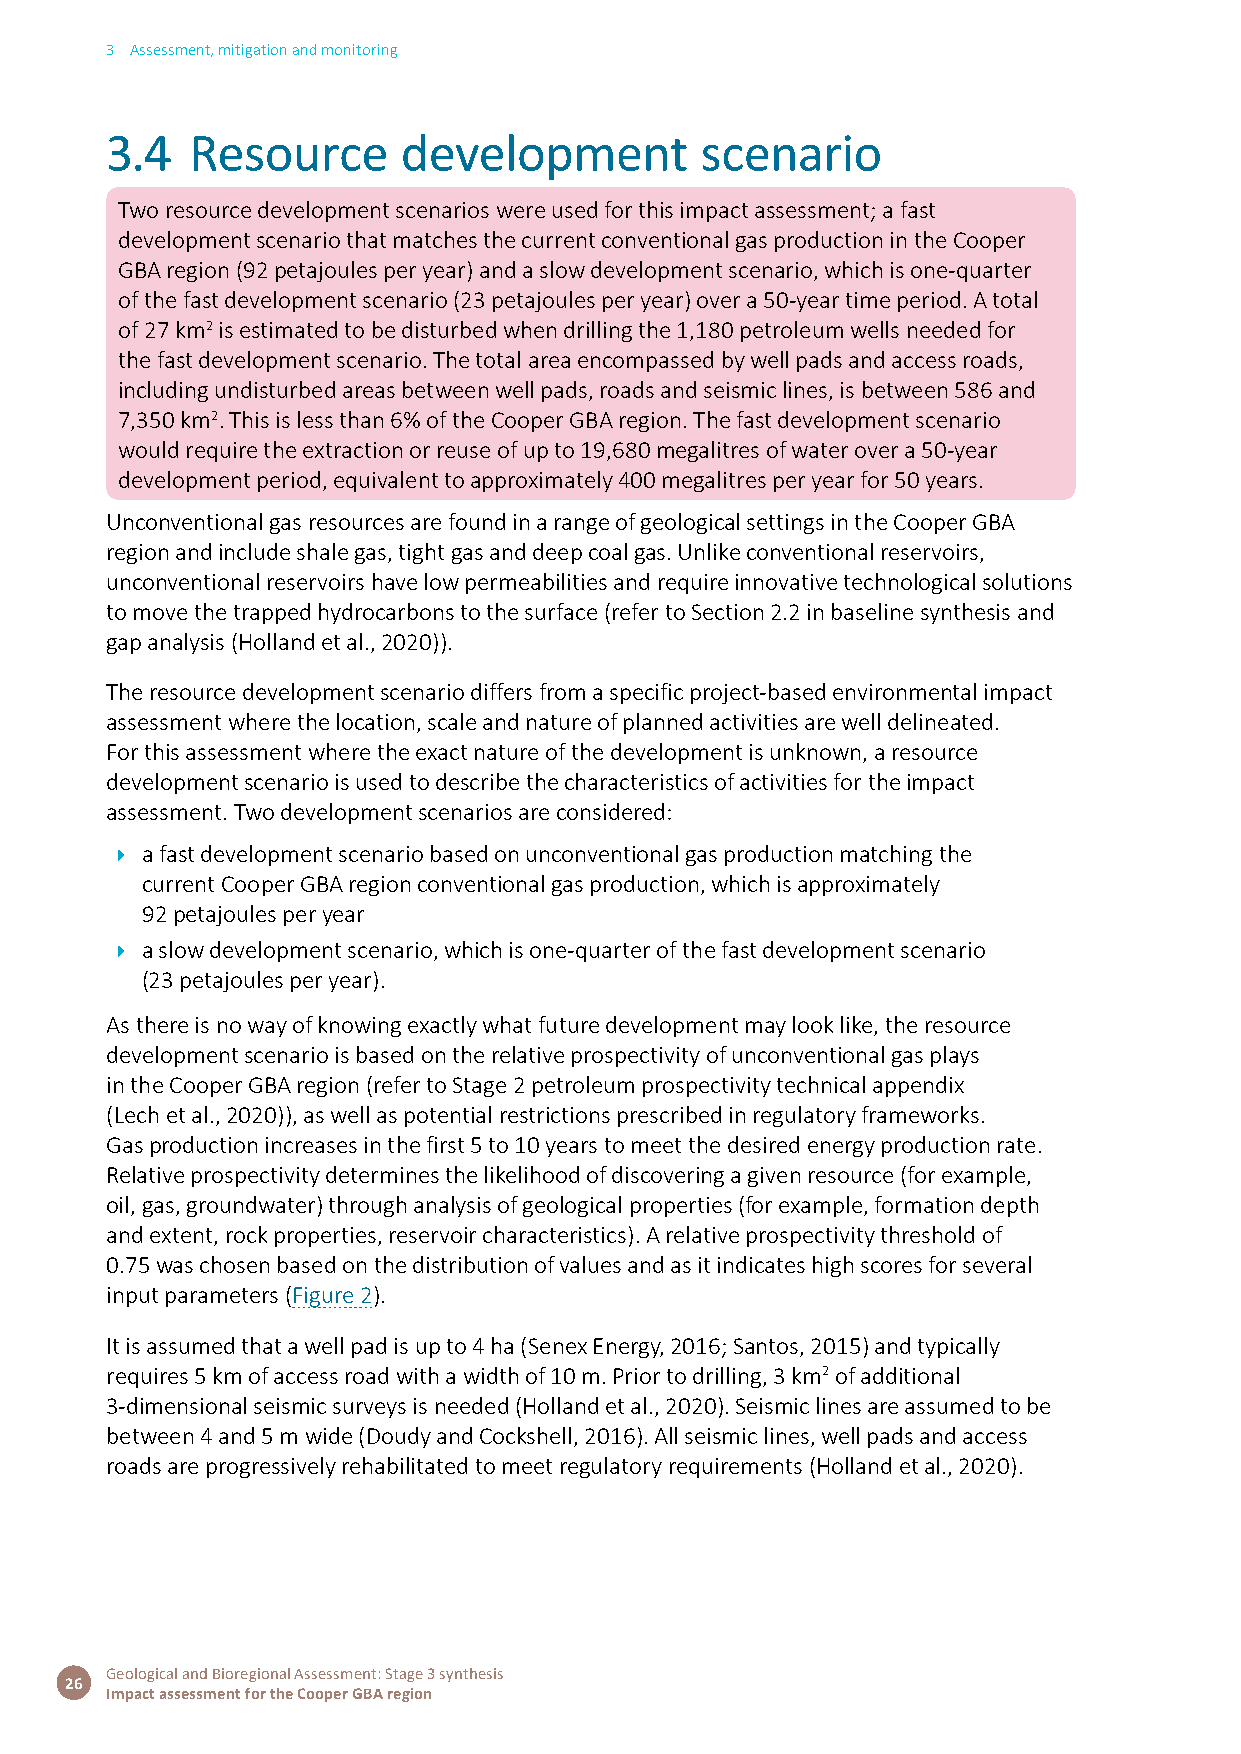
3 Assessment, mitigation and monitoring
 3.4   Resource      development        scenario
 Two resource development scenarios were used for this impact assessment; a fast
 development scenario that matches the current conventional gas production in the Cooper
 GBA region (92 petajoules per year) and a slow development scenario, which is one-quarter
 of the fast development scenario (23 petajoules per year) over a 50-year time period. A total
 of 27 km2 is estimated to be disturbed when drilling the 1,180 petroleum wells needed for
 the fast development scenario. The total area encompassed by well pads and access roads,
 including undisturbed areas between well pads, roads and seismic lines, is between 586 and
 7,350 km2. This is less than 6% of the Cooper GBA region. The fast development scenario
 would require the extraction or reuse of up to 19,680 megalitres of water over a 50-year
 development period, equivalent to approximately 400 megalitres per year for 50 years.
 Unconventional gas resources are found in a range of geological settings in the Cooper GBA
 region and include shale gas, tight gas and deep coal gas. Unlike conventional reservoirs,
 unconventional reservoirs have low permeabilities and require innovative technological solutions
 to move the trapped hydrocarbons to the surface (refer to Section 2.2 in baseline synthesis and
 gap analysis (Holland et al., 2020)).
 The resource development scenario differs from a specific project-based environmental impact
 assessment where the location, scale and nature of planned activities are well delineated.
 For this assessment where the exact nature of the development is unknown, a resource
 development scenario is used to describe the characteristics of activities for the impact
 assessment. Two development scenarios are considered:
 Î a fast development scenario based on unconventional gas production matching the
 current Cooper GBA region conventional gas production, which is approximately
 92 petajoules per year
 Î a slow development scenario, which is one-quarter of the fast development scenario
 (23 petajoules per year).
 As there is no way of knowing exactly what future development may look like, the resource
 development scenario is based on the relative prospectivity of unconventional gas plays
 in the Cooper GBA region (refer to Stage 2 petroleum prospectivity technical appendix
 (Lech et al., 2020)), as well as potential restrictions prescribed in regulatory frameworks.
 Gas production increases in the first 5 to 10 years to meet the desired energy production rate.
 Relative prospectivity determines the likelihood of discovering a given resource (for example,
 oil, gas, groundwater) through analysis of geological properties (for example, formation depth
 and extent, rock properties, reservoir characteristics). A relative prospectivity threshold of
 0.75 was chosen based on the distribution of values and as it indicates high scores for several
 input parameters (Figure 2).
 It is assumed that a well pad is up to 4 ha (Senex Energy, 2016; Santos, 2015) and typically
 requires 5 km of access road with a width of 10 m. Prior to drilling, 3 km2 of additional
 3-dimensional seismic surveys is needed (Holland et al., 2020). Seismic lines are assumed to be
 between 4 and 5 m wide (Doudy and Cockshell, 2016). All seismic lines, well pads and access
 roads are progressively rehabilitated to meet regulatory requirements (Holland et al., 2020).
 Geological and Bioregional Assessment: Stage 3 synthesis
 26
 Impact assessment for the Cooper GBA region